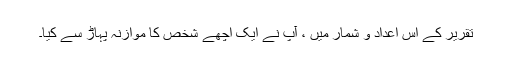
تقریر کے اس اعداد و شمار میں ، آپ نے ایک اچھے شخص کا موازنہ پہاڑ سے کیا۔